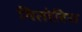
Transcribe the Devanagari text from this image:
वितोरिय